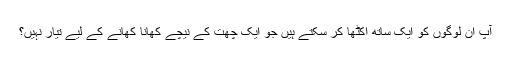
آپ ان لوگوں کو ایک ساتھ اکٹھا کر سکتے ہیں جو ایک چھت کے نیچے کھانا کھانے کے لیے تیار نہیں؟